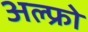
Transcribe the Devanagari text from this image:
अल्फ्रो